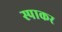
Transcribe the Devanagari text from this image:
स्पाकर